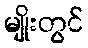
မျိုးတွင်